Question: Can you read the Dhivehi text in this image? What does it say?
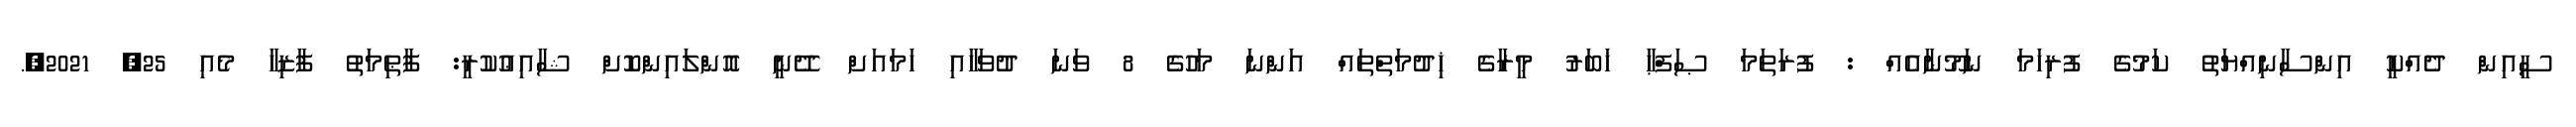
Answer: ސީއިން ދެއްކީ އިންސާނިއްޔަތު ކަމުގެ ފުރިހަމަ ނަމޫނާއެއް : ފުރަތަމަ ޞަފްޙާ ޚަބަރު މީރާގެ ޚިދުމަތްތައް އަންނަ މަހުގެ 8 ވަނަ ދުވަހާއި ހަމައަށް ދޭނީ އޮންލައިންކޮށް ޝާއިޢުކުރީ: ފާޠިމަތު ފާޒިހާ މެއި 25, 2021,.